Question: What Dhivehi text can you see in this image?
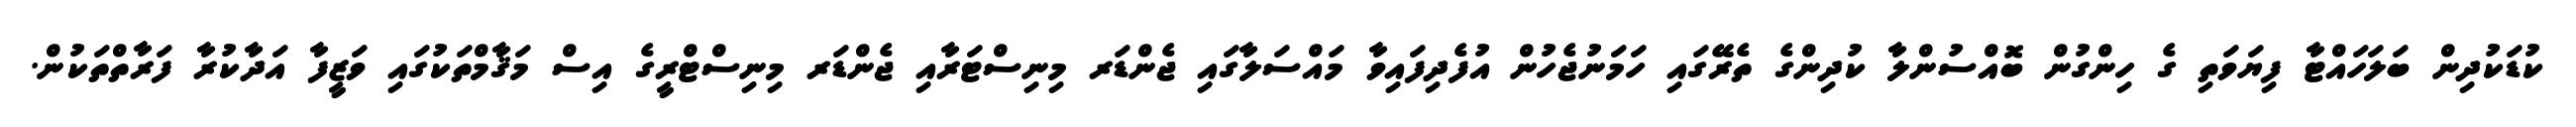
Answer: ކުޑަކުދިން ބަލަހައްޓާ ފިޔަވަތި ގެ ހިންގުން ބޮއްސުންލާ ކުދިންގެ ތެރޭގައި ހަމަނުޖެހުން އުފެދިފައިވާ މައްސަލާގައި ޖެންޑަރ މިނިސްޓަރާއި ޖެންޑަރ މިނިސްޓްރީގެ އިސް މަޤާމްތަކުގައި ވަޒީފާ އަދާކުރާ ފަރާތްތަކުން.